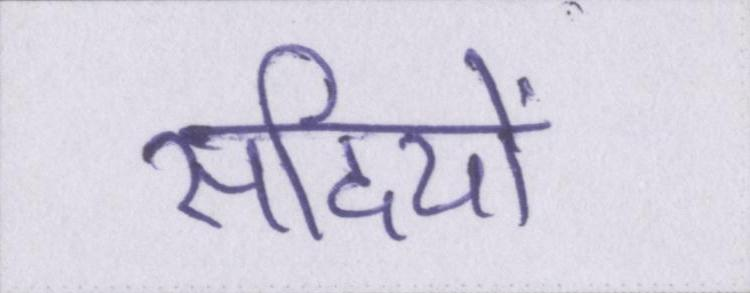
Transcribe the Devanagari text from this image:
सदियों